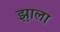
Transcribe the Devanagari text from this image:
झ़ाला